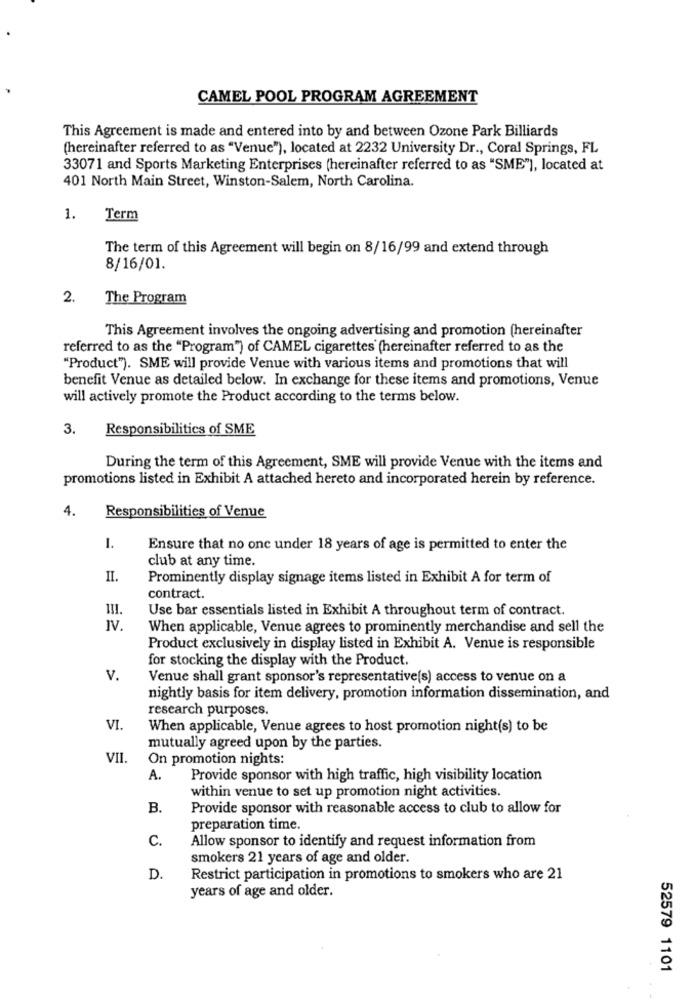
CAMEL POOL PROGRAM AGREEMENT
This Agreement is made and entered into by and between Ozone Park Billiards
(hereinafter referred to as "Venue"), located at 2232 University Dr ., Coral Springs, FL
33071 and Sports Marketing Enterprises (hereinafter referred to as "SME"), located at
401 North Main Street, Winston-Salem, North Carolina.
1.
Term
The term of this Agreement will begin on 8/16/99 and extend through
8/16/01.
2.
The Program
This Agreement involves the ongoing advertising and promotion (hereinafter
referred to as the "Program") of CAMEL cigarettes (hereinafter referred to as the
"Product"). SME will provide Venue with various items and promotions that will
benefit Venue as detailed below. In exchange for these items and promotions, Venue
will actively promote the Product according to the terms below.
3.
Responsibilities of SME
During the term of this Agreement, SME will provide Venue with the items and
promotions listed in Exhibit A attached hereto and incorporated herein by reference.
Responsibilities of Venue
4.
1.
Ensure that no one under 18 years of age is permitted to enter the
club at any time.
II.
Prominently display signage items listed in Exhibit A for term of
contract.
Use bar essentials listed in Exhibit A throughout term of contract.
IV
When applicable, Venue agrees to prominently merchandise and sell the
Product exclusively in display listed in Exhibit A. Venue is responsible
for stocking the display with the Product.
v.
Venue shall grant sponsor's representative(s) access to venue on a
nightly basis for item delivery, promotion information dissemination, and
research purposes.
VI.
When applicable, Venue agrees to host promotion night(s) to be
mutually agreed upon by the parties.
VII.
On promotion nights:
A.
Provide sponsor with high traffic, high visibility location
within venue to set up promotion night activities.
B.
Provide sponsor with reasonable access to club to allow for
preparation time.
C.
Allow sponsor to identify and request information from
smokers 21 years of age and older.
D.
Restrict participation in promotions to smokers who are 21
years of age and older.
52579 1101